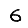
Digit: 6